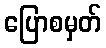
ပြောစမှတ်